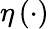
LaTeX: \eta\left(\cdot\right)